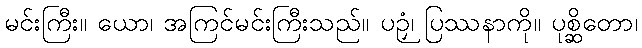
မင်းကြီး။ ယော၊ အကြင်မင်းကြီးသည်။ ပဉှံ၊ ပြဿနာကို။ ပုစ္ဆိတော၊